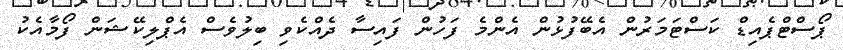
ޕޯސްޓްޕެއިޑް ކަސްޓަމަރުން އެބޭފުޅުން އެންމެ ފަހުން ފައިސާ ދެއްކެވި ބިލުވެސް އެޕްލިކޭޝަން ފޯމާއެކު